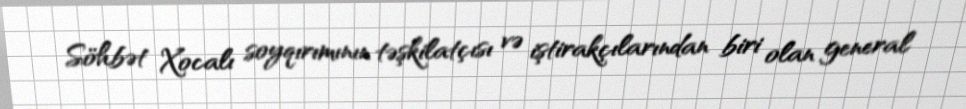
Söhbət Xocalı soyqırımının təşkilatçısı və iştirakçılarından biri olan general